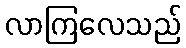
လာကြလေသည်